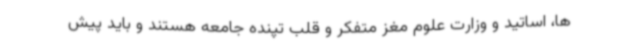
ها، اساتید و وزارت علوم مغز متفکر و قلب تپنده جامعه هستند و باید پیش